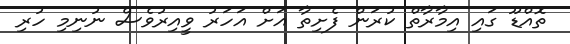
ތޮއްޑޫ ގައި އިމާރާތް ކުރަން ފެށިތާ އަށް އަހަރު ވީއިރުވެސް ނުނިމި ހުރި